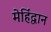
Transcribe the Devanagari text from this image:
मेहिंद्वान